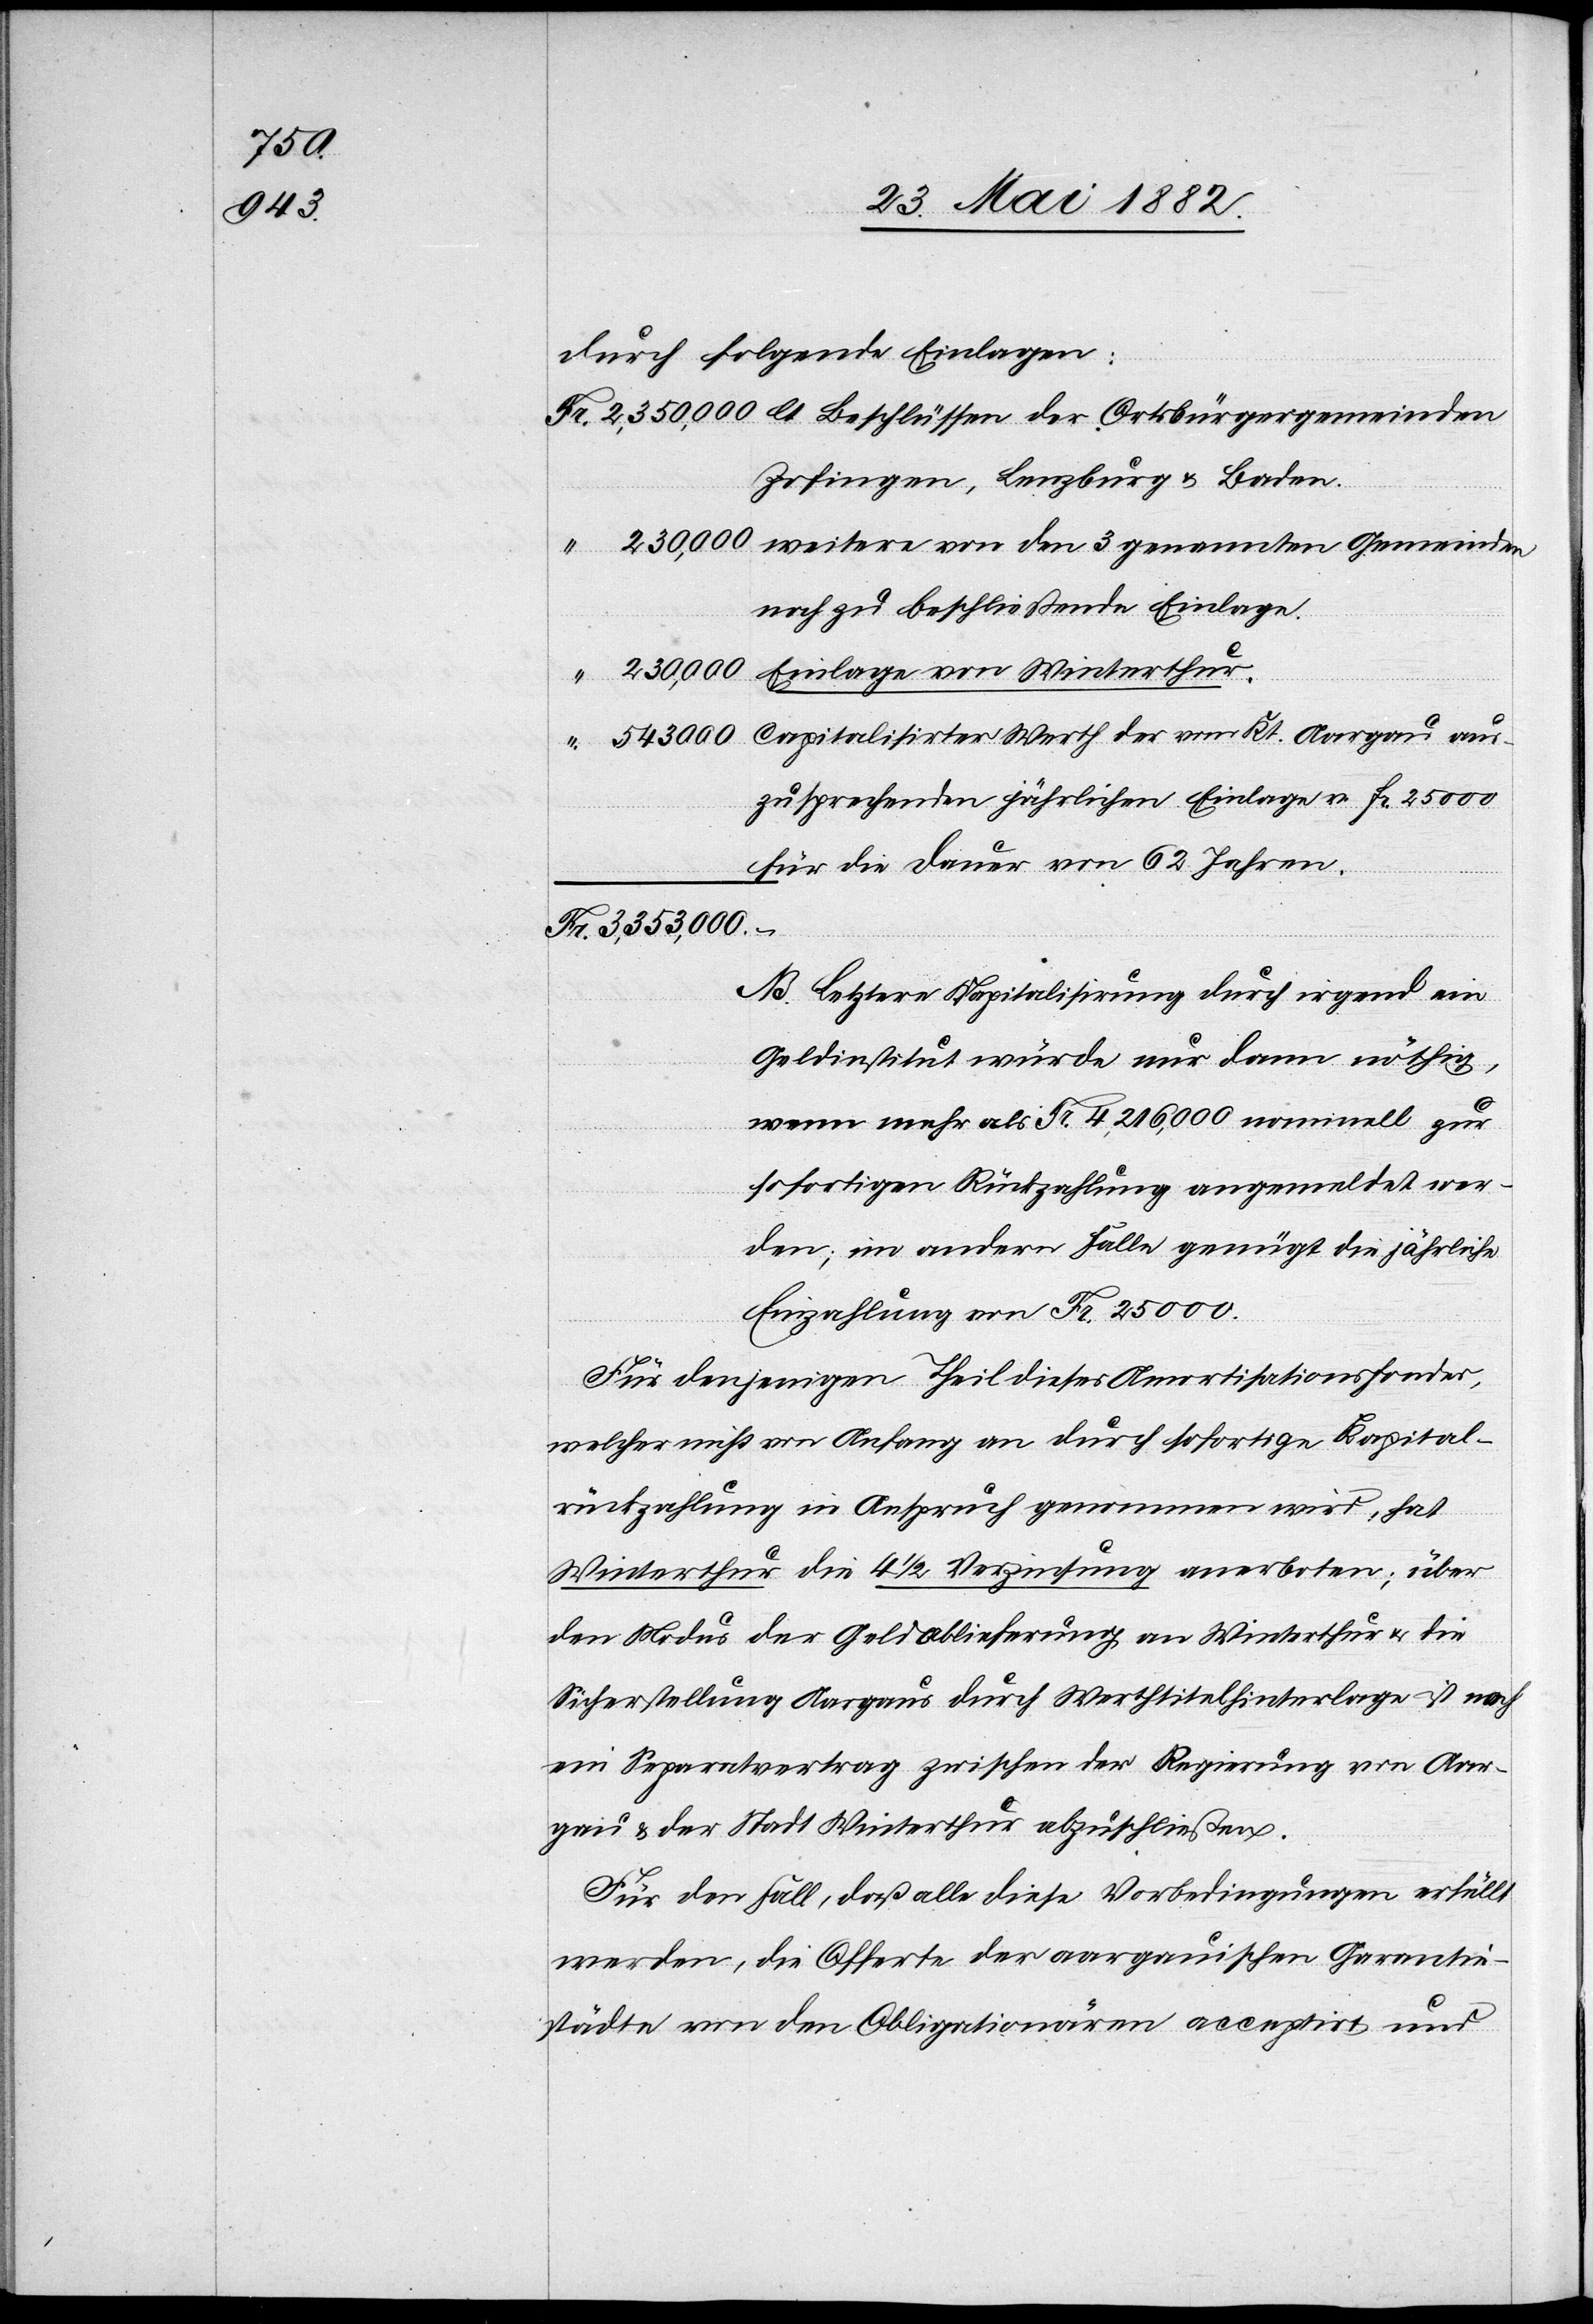
aus¬

durch folgende Einlagen:
Zofingen, Lenzburg & Baden.
noch zu beschließende Einlagen.
Einlagen von Winterthur.
230,000
zusprechenden jährlichen Einlage v. Fr. 25 000
für die Dauer von 62 Jahren.
3,353,000
NB. Letztere Kapitalisirung durch irgend ein
Geldinstitut würde nur dann nöthig,
wenn mehr als Fr. 4,216,000 nominell zur
sofortigen Rückzahlung angemeldet wer¬
den; im andern Falle genügt die jährliche
Einzahlung von Fr. 25 000.
Für denjenigen Theil dieses Amortisationsfondes,
welcher nicht von Anfang an durch sofortige Kapital¬
rückzahlung in Anspruch genommen wird, hat
Winterthur die 4 1/2 Verzinsung anerboten; über
den Modus der Geldablieferung an Winterthur & die
Sicherstellung Aargaus durch Werthtitelhinterlage ist noch
ein Separatvertrag zwischen der Regierung von Aar¬
gau & der Stadt Winterthur abzuschließen.
Für den Fall, daß alle diese Vorbedingungen erfüllt
werden, die Offerte der aargauischen Garantie¬
städte von den Obligationären acceptirt und